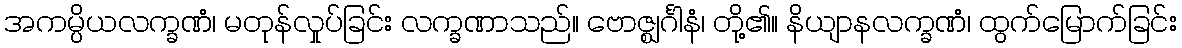
အကမ္ပိယလက္ခဏံ၊ မတုန်လှုပ်ခြင်း လက္ခဏာသည်။ ဗောဇ္ဈင်္ဂါနံ၊ တို့၏။ နိယျာနလက္ခဏံ၊ ထွက်မြောက်ခြင်း